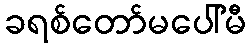
ခရစ်တော်မပေါ်မီ